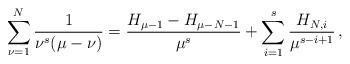
LaTeX: \begin{align*}\sum_{\nu = 1}^N {\frac{1}{{\nu ^s (\mu - \nu )}}} = \frac{{H_{\mu - 1} - H_{\mu - N - 1} }}{{\mu ^s }} + \sum_{i = 1}^{s} {\frac{{H_{N,i} }}{{\mu ^{s - i + 1} }}}\,,\end{align*}